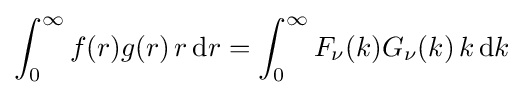
\int _{0}^{\infty }f(r)g(r)\,r\,\mathrm {d} r=\int _{0}^{\infty }F_{\nu }(k)G_{\nu }(k)\,k\,\mathrm {d} k